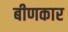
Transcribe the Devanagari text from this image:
बीणकार